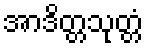
အာဒိတ္တသုတ္တံ